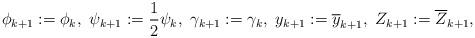
LaTeX: \begin{align*}\phi_{k+1} := \phi_{k},\ \psi_{k+1} := \frac{1}{2}\psi_{k},\ \gamma_{k+1} := \gamma_{k},\ y_{k+1} := \overline{y}_{k+1},\ Z_{k+1} := \overline{Z}_{k+1},\end{align*}